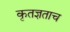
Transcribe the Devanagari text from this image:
कृतज्ञताच